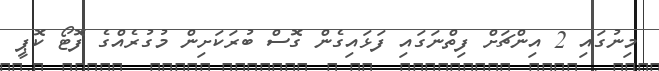
މިނުގައި 2 އިންޗަށް ފިތްނަގައި ފަޅައިގެން ގޮސް ބުރަކަށިން މުގުރެއްގެ ފޮޓޯ ކޮޕީ